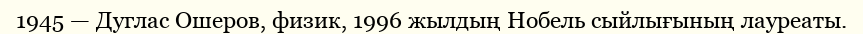
1945 — Дуглас Ошеров, физик, 1996 жылдың Нобель сыйлығының лауреаты.